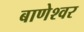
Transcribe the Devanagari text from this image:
बाणेश्‍वर